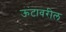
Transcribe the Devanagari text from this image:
ऊंटावरील